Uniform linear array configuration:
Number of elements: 32
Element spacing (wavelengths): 1
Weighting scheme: blackman
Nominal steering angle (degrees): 45
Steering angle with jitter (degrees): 44.349
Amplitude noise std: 0.05
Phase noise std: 0.05

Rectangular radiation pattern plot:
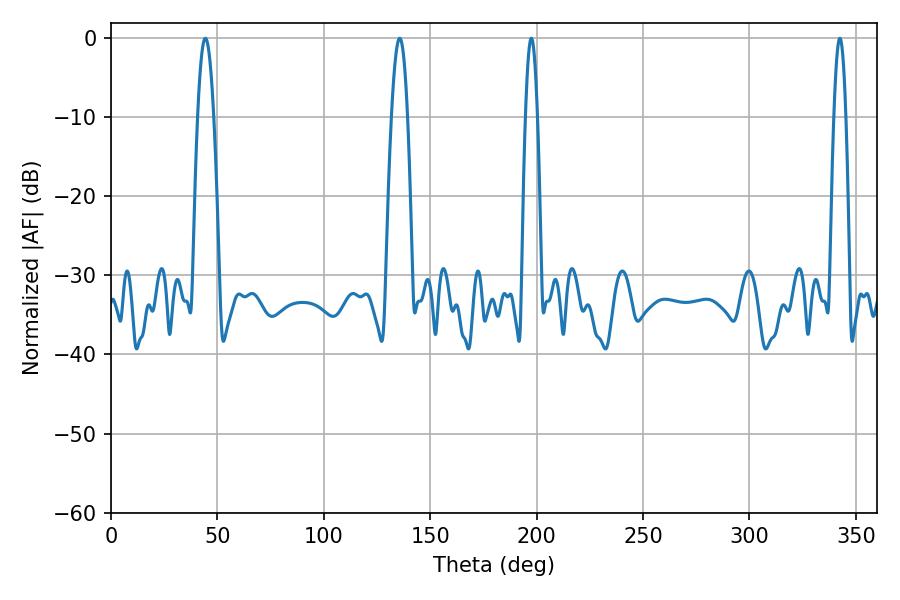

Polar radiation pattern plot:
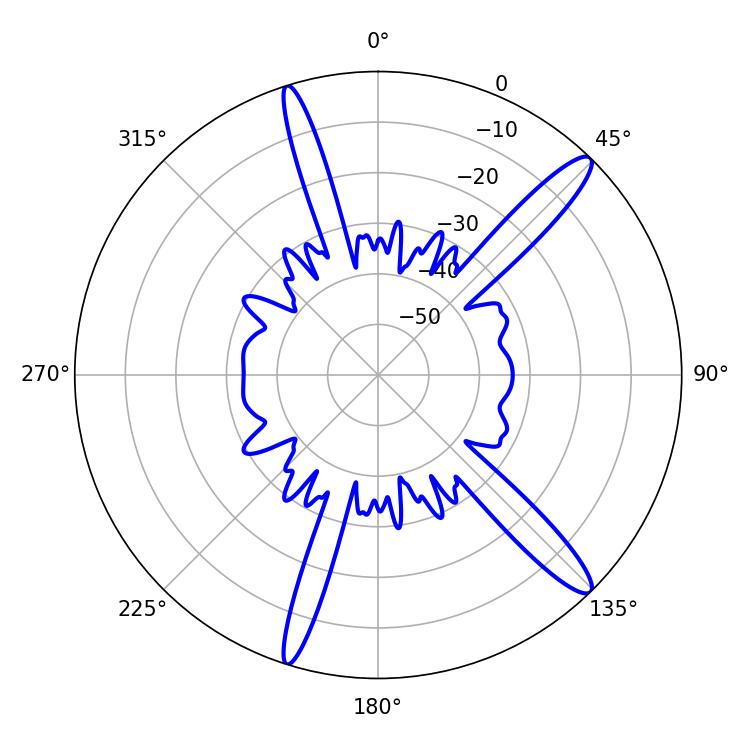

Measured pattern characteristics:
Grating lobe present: TRUE
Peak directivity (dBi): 14.295
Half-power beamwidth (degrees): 4.14
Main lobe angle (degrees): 44.28